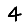
Digit: 4